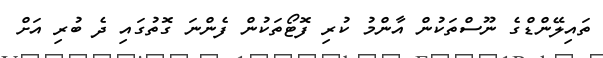
ތައިލޭންޑްގެ ނޫސްތަކުން އާންމު ކުރި ފޮޓޯތަކުން ފެންނަ ގޮތުގައި ދެ ބުރި އަށް